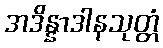
အဒိန္နာဒါနသုတ္တံ